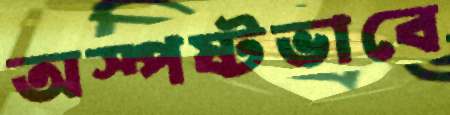
অস্পষ্টভাবে